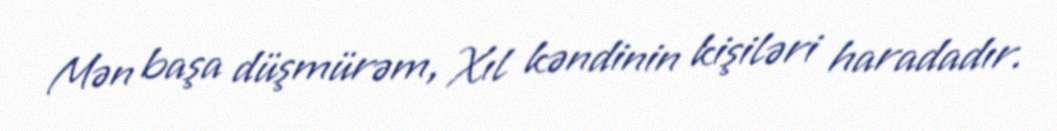
Mən başa düşmürəm, Xıl kəndinin kişiləri haradadır.